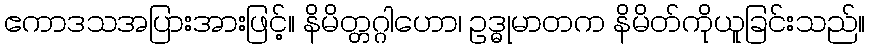
ဧကာဒသအပြားအားဖြင့်။ နိမိတ္တဂ္ဂါဟော၊ ဥဒ္ဓုမာတက နိမိတ်ကိုယူခြင်းသည်။